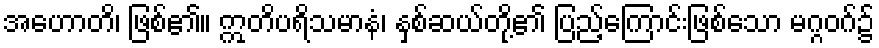
အဟောတိ၊ ဖြစ်၏။ ဣတိပရိသမာနံ၊ နှစ်ဆယ်တို့၏ ပြည့်ကြောင်းဖြစ်သော မဂ္ဂဝဂ်၌